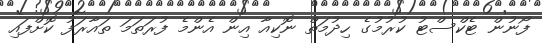
ފޯނުން ޓެކްސްޓު ކުރުމުގެ ހިދުމަތް ނޮކިއާ އިން އެންމެ ފުރަތަމަ ތައާރަފު ކޮށްފައި